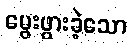
မွေးဖွားခဲ့သော